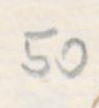
Transcription: 50